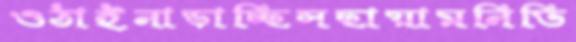
ওঠাইনাড়াচ্ছিসছায়ামনিভি